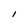
Character: l